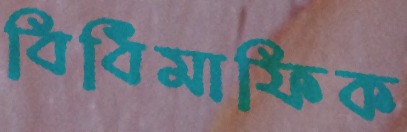
বিধিমাফিক